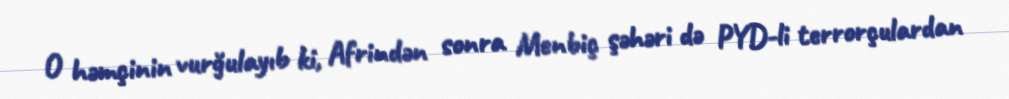
O həmçinin vurğulayıb ki, Afrindən sonra Menbiç şəhəri də PYD-li terrorçulardan